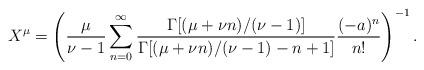
LaTeX: \begin{align*}X^{\mu}=\left(\frac{\mu}{\nu-1}\sum^{\infty}_{n=0}\frac{\Gamma[(\mu+\nu n)/(\nu-1)]}{\Gamma[(\mu+\nu n)/(\nu-1)-n+1]}\frac{(-a)^n}{n!}\right)^{-1}.\end{align*}